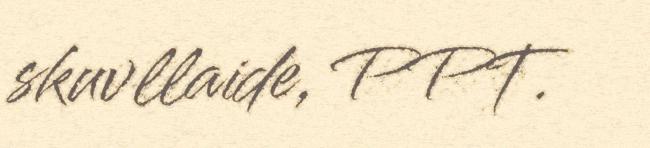
skuvllaide, PPT.